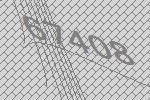
67408